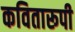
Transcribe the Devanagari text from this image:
कवितारूपी